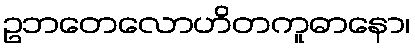
ဥဘတေလောဟိတကူဓာနော၊